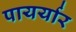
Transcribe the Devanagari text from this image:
पायर्यार